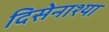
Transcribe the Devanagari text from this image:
दिसेनाश्या